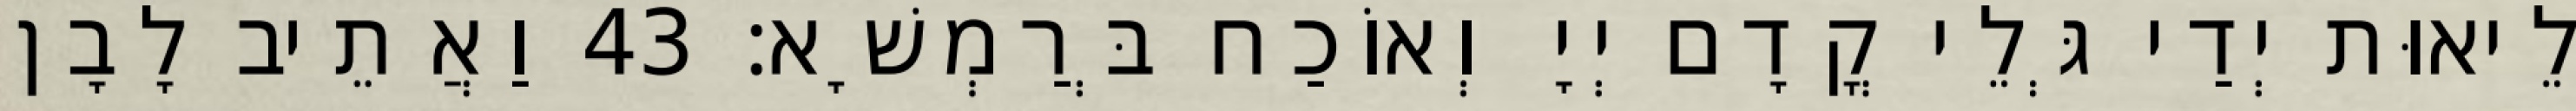
לֵיאוּת יְדַי גְּלֵי קֳדָם יְיָ וְאוֹכַח בְּרַמְשָׁא׃ 43 וַאֲתֵיב לָבָן